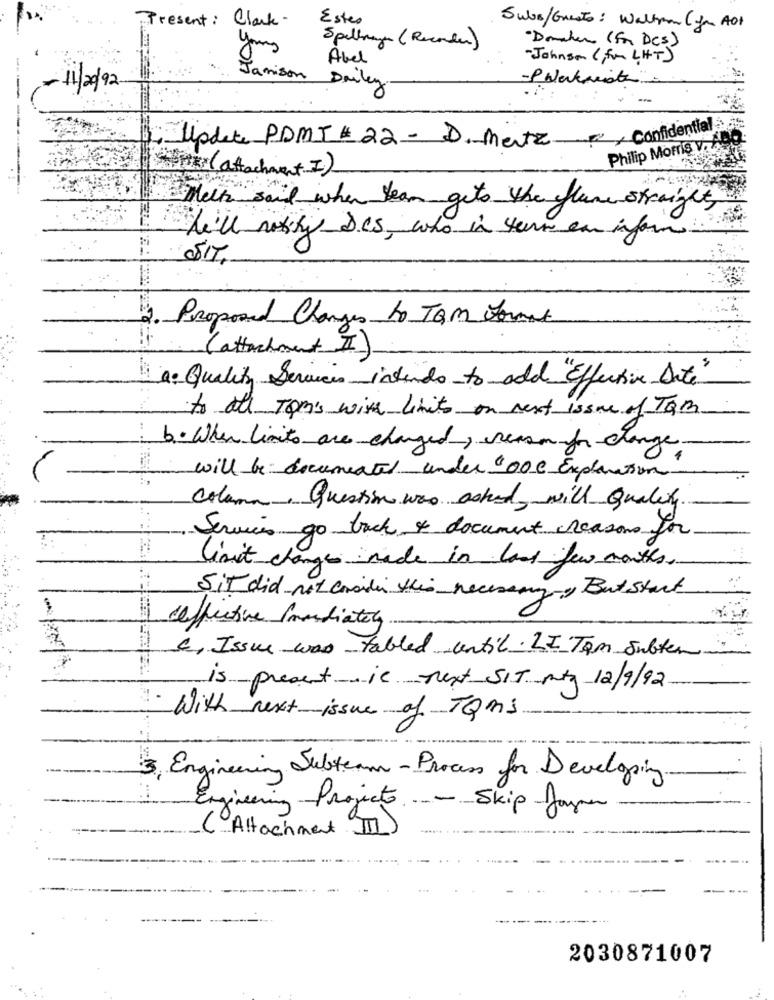
Present : Clark-
Estes
Subs/Guests: Walton (yu AO+
young
Spelling ( Recorder)
" Domates ( For DCS)
Abel
- Johnson ( for LHT )
Jamison
-Puertarate
-11/20/92
Dailey
Clipdete POMI # 22 - D. metz , Confidential
Philip Morris v. ABC
filter(attachment I)
Melk said when team gets the flume straight,
he'll notify Des, who in term en inform
Proposed Changes to TAM Format
(attachment II)
a. Quality Services intends to add "Effective Date"
to all TOM's with limits on next issue of Tam
b. When limits are charged, reason for change.
will be documented under 000 Explanson
column, Question was asked, will Quality.
Services go back & document reasons for
limit changes made in last few months.
SIT did not consider this necessary. But Start
caffictive Imondiately
C. Issue was tabled until. LI Tom Subter
is present is next SIT may 12/9/92
- With next issue of TQms
3, Engineering Subteam-Process for Developing.
Engineering Projects . - Skip Jayne.
(Attachment II)
2030871007